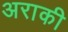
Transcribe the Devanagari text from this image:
अराकी